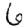
Digit: 6